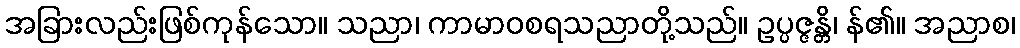
အခြားလည်းဖြစ်ကုန်သော။ သညာ၊ ကာမာဝစရသညာတို့သည်။ ဥပ္ပဇ္ဇန္တိ၊ န်၏။ အညာစ၊